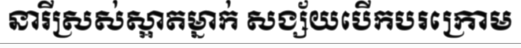
នារីស្រស់ស្អាតម្នាក់ សង្ស័យបើកបរក្រោម